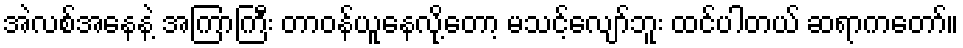
အဲလစ်အနေနဲ့ အကြာကြီး တာဝန်ယူနေလို့တော့ မသင့်လျော်ဘူး ထင်ပါတယ် ဆရာကတော်။